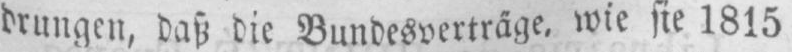
drungen, daß die Bundesverträge, wie sie 1815